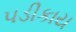
પડીકાય